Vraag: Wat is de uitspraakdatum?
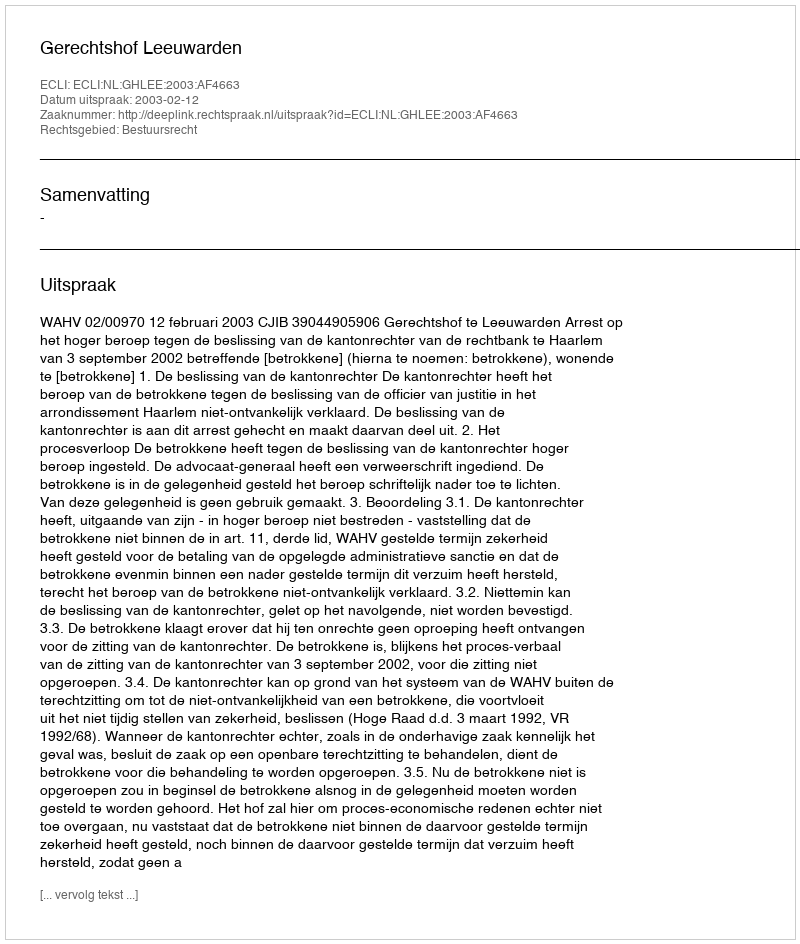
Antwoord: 2003-02-12